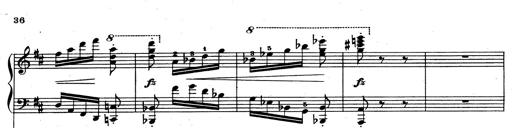
Title: Rhapsodie espagnole
Composer: Franz Liszt